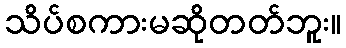
သိပ်စကားမဆိုတတ်ဘူး။